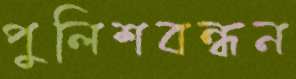
পুলিশবন্ধন